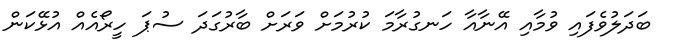
ބަދަލުވެފައި ވުމާއި އޭނާއާ ހަނގުރާމަ ކުރުމަށް ވަރަށް ބާރުގަދަ ސުޕަ ހީރޯއެއް އުޅޭކަން